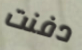
دفنت